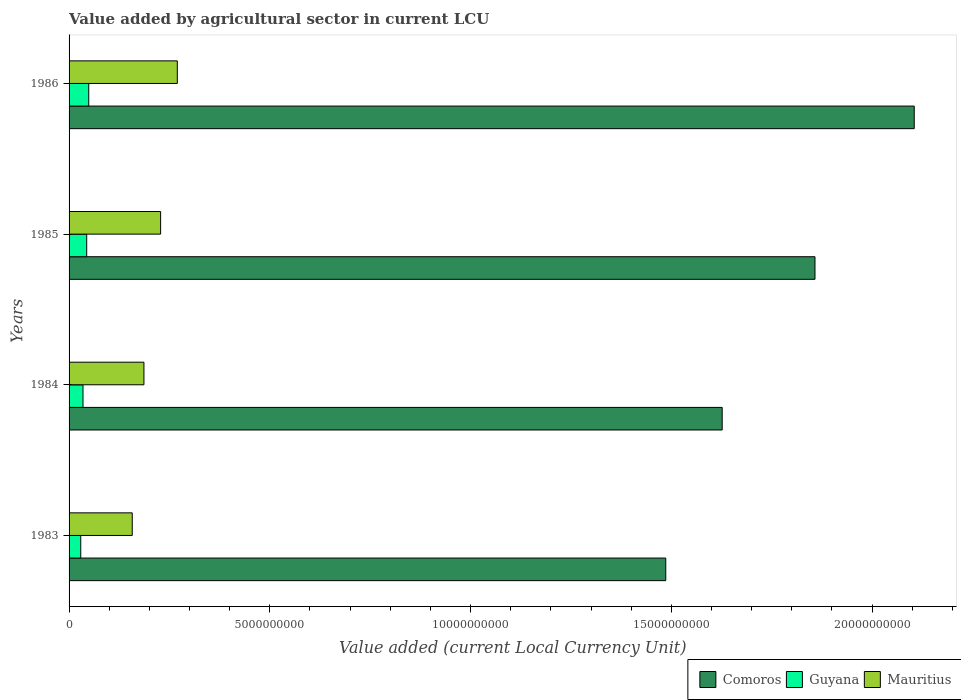
| Years | Comoros | Guyana | Mauritius |
 | --- | --- | --- | --- |
 | 1983 | 1.49e+10 | 2.91e+08 | 1.57e+09 |
 | 1984 | 1.63e+10 | 3.47e+08 | 1.86e+09 |
 | 1985 | 1.86e+10 | 4.39e+08 | 2.28e+09 |
 | 1986 | 2.1e+10 | 4.9e+08 | 2.7e+09 |